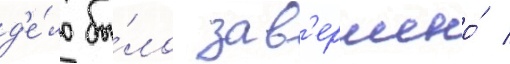
д'е́ло бы́ло зав'ершено́ /